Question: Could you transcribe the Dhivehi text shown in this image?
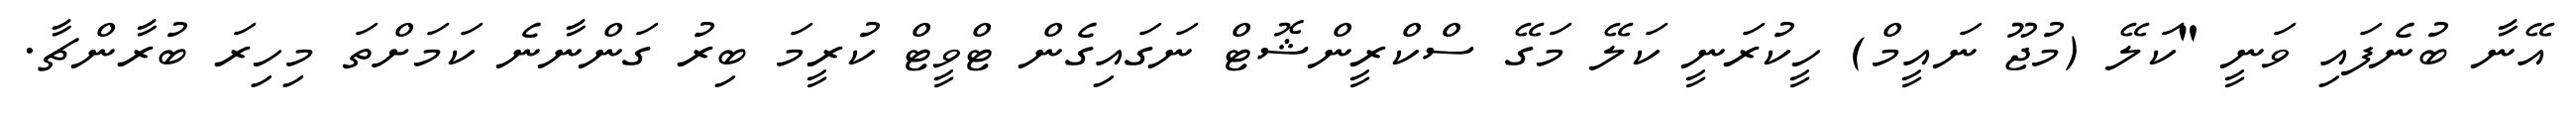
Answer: އޭނާ ބުނެފައި ވަނީ "ކަލޭ (މުޖޫ ނައީމް) ހީކުރަނީ ކަލޭ މަގޭ ސްކްރީންޝޮޓް ނަގައިގެން ޓްވީޓް ކުރީމަ ބިރު ގަންނާނެ ކަމަށްތަ މިހިރަ ބުރާންޗާ.